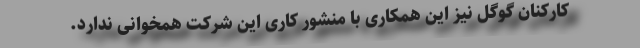
کارکنان گوگل نیز این همکاری با منشور کاری این شرکت همخوانی ندارد.